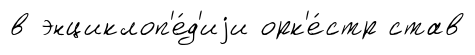
в энциклоп'е́д'иjи орк'е́стр став